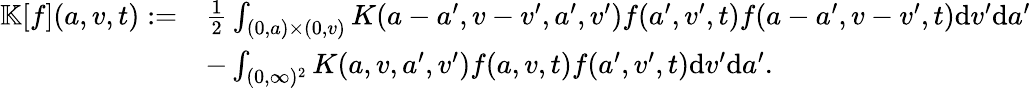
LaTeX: \begin{array}{rl}{\mathbb{K}[f](a,v,t):=}&{\frac{1}{2}\int_{(0,a)\times(0,v)}K(a-a^{\prime},v-v^{\prime},a^{\prime},v^{\prime})f(a^{\prime},v^{\prime},t)f(a-a^{\prime},v-v^{\prime},t)\textup{d}v^{\prime}\textup{d}a^{\prime}}\\ &{-\int_{(0,\infty)^{2}}K(a,v,a^{\prime},v^{\prime})f(a,v,t)f(a^{\prime},v^{\prime},t)\textup{d}v^{\prime}\textup{d}a^{\prime}.}\end{array}